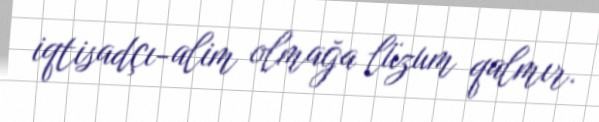
iqtisadçı-alim olmağa lüzum qalmır.